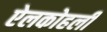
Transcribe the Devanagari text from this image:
ऐलकोहली